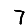
Digit: 7